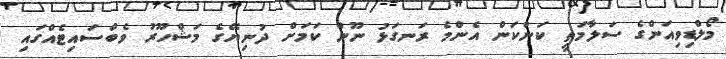
މޯލްޑިވިއަންގެ ސަލާމަތީ ކަންކަން އެންމެ ރަނގަޅު ނޫން ކަަމަށް ދުނިޔޭގެ މަޝްހޫރު ވެބްސައިޓެއްގައި